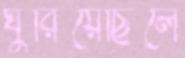
ঘুরিয়েছিলে